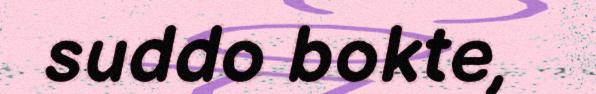
suddo bokte,